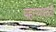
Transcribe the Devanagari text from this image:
पहार्‍यासाठी